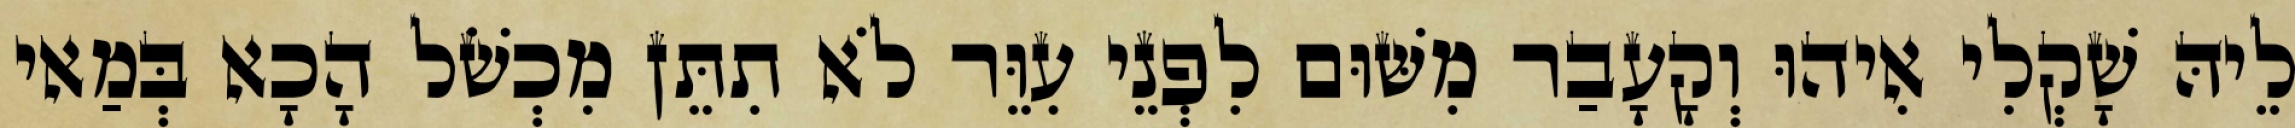
לֵיהּ שָׁקְלִי אִיהוּ וְקָעָבַר מִשּׁוּם לִפְנֵי עִוֵּר לֹא תִתֵּן מִכְשֹׁל הָכָא בְּמַאי